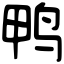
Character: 鸭